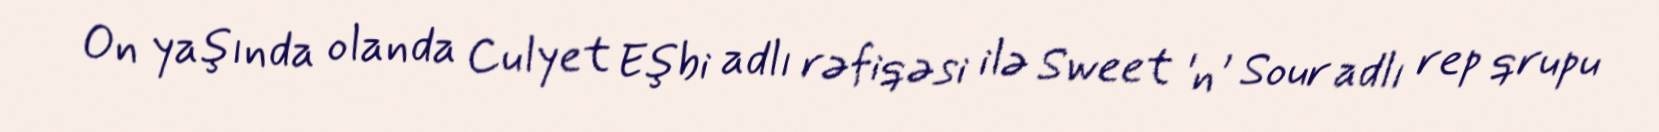
On yaşında olanda Culyet Eşbi adlı rəfiqəsi ilə Sweet 'n' Sour adlı rep qrupu